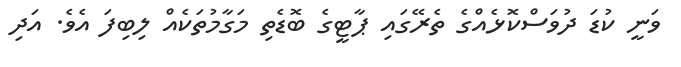
ވަނީ ކުޑަ ދުވަސްކޮޅެއްގެ ތެރޭގައި ޕާޓީގެ ބޮޑެތި މަގާމުތަކެއް ލިބިފަ އެވެ. އަދި